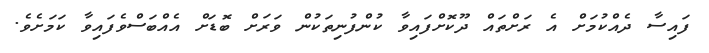
ފައިސާ ދެއްކުމަށް އެ ރަށްތައް ދޫކޮށްފައިވާ ކުންފުނިތަކުން ވަރަށް ބޮޑަށް އެއްބަސްވެފައިވާ ކަމަށެވެ.